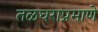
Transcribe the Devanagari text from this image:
तळघराप्रमाणे